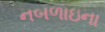
નબળાઇના